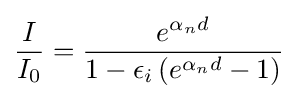
{\frac {I}{I_{0}}}={\frac {e^{\alpha _{n}d}}{1-{\epsilon _{i}}\left(e^{\alpha _{n}d}-1\right)}}